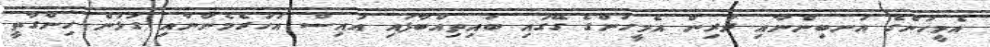
އެމީހުންގެ އަނބިންނާއި ދަރިން އެމީހުންގެ ގޭގައި ބައިތިއްބާފައި އައިސް އަހަރެމެންނާއި ގުޅުން ހިންގާތީ